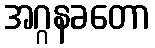
အဂ္ဂနခတော